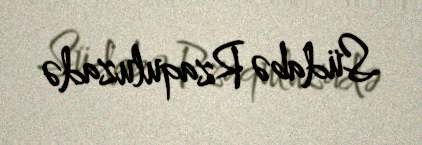
Südabə Rzaquluzadə